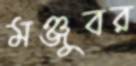
মঞ্জুবর